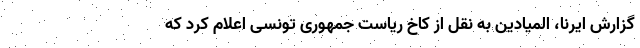
گزارش ایرنا، المیادین به نقل از کاخ ریاست جمهوری تونسی اعلام کرد که